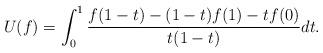
LaTeX: \begin{align*} U(f) = \int_0^1 \frac{f(1-t) - (1-t)f(1) - t f(0)}{t(1-t)} dt. \end{align*}